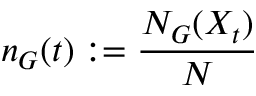
n _ { G } ( t ) : = \frac { N _ { G } ( X _ { t } ) } { N }